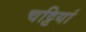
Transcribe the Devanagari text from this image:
चट्टियां